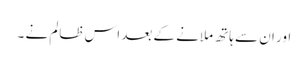
اور ان سے ہاتھ ملانے کے بعد اس ظالم نے ۔